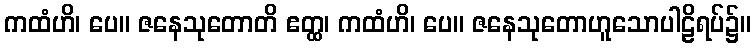
ကထံဟိ၊ ပေ။ ဇနေသုတောတိ ဧတ္ထ၊ ကထံဟိ၊ ပေ။ ဇနေသုတောဟူသောပါဠိရပ်၌။